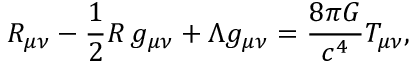
R _ { \mu \nu } - { \frac { 1 } { 2 } } R \, g _ { \mu \nu } + \Lambda g _ { \mu \nu } = { \frac { 8 \pi G } { c ^ { 4 } } } T _ { \mu \nu } ,